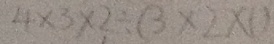
4 \times 3 \times 2 \div ( 3 \times 2 \times 1 )